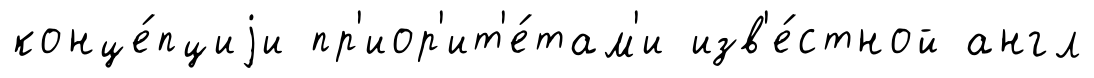
конце́пциjи пр'иор'ит'е́там'и изв'е́стной англ